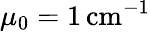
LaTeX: \mu_{0}=1\, \mathrm{cm}^{-1}